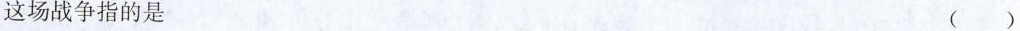
这场战争指的是 ()